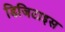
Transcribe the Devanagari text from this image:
डिजिटाइस